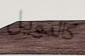
كالدويل